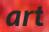
art